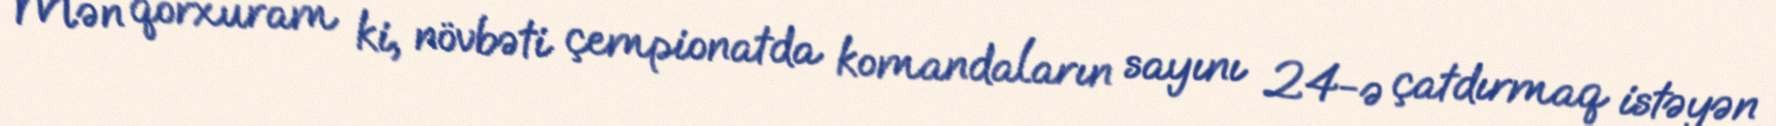
Mən qorxuram ki, növbəti çempionatda komandaların sayını 24-ə çatdırmaq istəyən